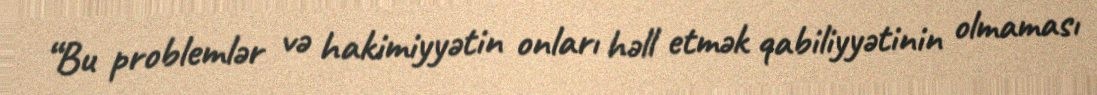
“Bu problemlər və hakimiyyətin onları həll etmək qabiliyyətinin olmaması